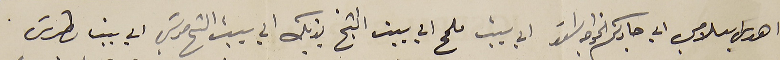
اهدي سلامي الي جاركم الخواجه اسَعد الي بيت ملحم الي بيت الشيخ يزبك الي بيت الشيخ موسَي الي بيت بطرسَ